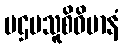
ပဌမသူစိဝိမာနံ